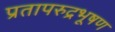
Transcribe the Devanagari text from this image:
प्रतापरुद्रभूषण